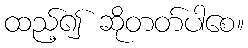
ထည့်၍ ဆိုတတ်ပါစေ။